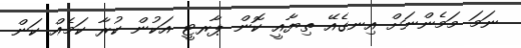
ނަމަ މަމެންނަށް އިނގެއޭ ތިޔާއީ ކޮން ޕާރޓީ އަކުން ކުރާ ކަމެއް ކަން